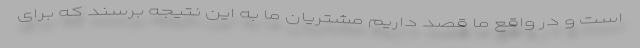
است و در واقع ما قصد داریم مشتریان ما به این نتیجه برسند که برای